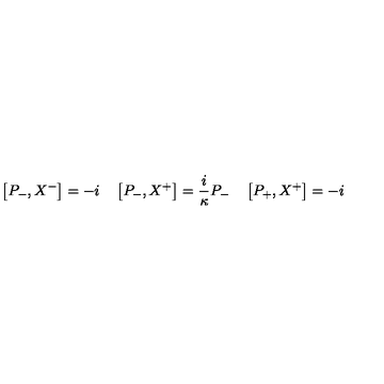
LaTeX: \left[ P _ { - } , X ^ { - } \right] = - i \quad \left[ P _ { - } , X ^ { + } \right] = \frac { i } { \kappa } P _ { - } \quad \left[ P _ { + } , X ^ { + } \right] = - i